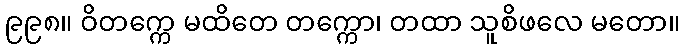
၉၉၈။ ဝိတက္ကေ မထိတေ တက္ကော၊ တထာ သူစိဖလေ မတော။